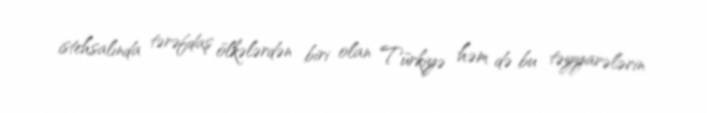
istehsalında tərəfdaş ölkələrdən biri olan Türkiyə həm də bu təyyarələrin